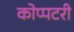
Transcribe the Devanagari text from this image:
कोप्पटरी